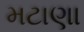
મટાણા